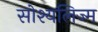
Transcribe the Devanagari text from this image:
सोश्यलिज्म